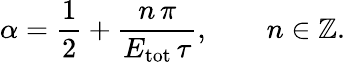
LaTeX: \alpha=\frac{1}{2}+\frac{n\, \pi}{E_{\mathrm{tot}}\, \tau},\qquad n\in\mathbb{Z}.